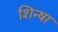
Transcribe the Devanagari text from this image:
शिन्षा